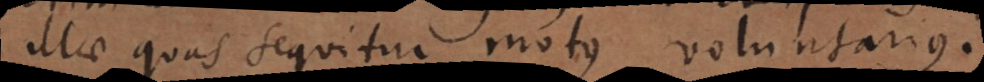
illae quas sequitur motus voluntarius